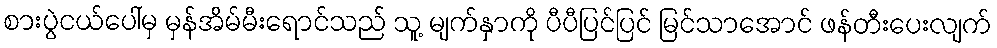
စားပွဲငယ်ပေါ်မှ မှန်အိမ်မီးရောင်သည် သူ့ မျက်နှာကို ပီပီပြင်ပြင် မြင်သာအောင် ဖန်တီးပေးလျက်